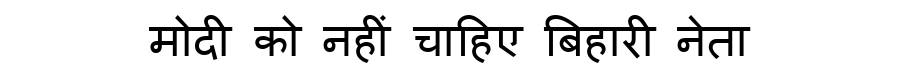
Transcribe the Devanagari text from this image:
मोदी को नहीं चाहिए बिहारी नेता